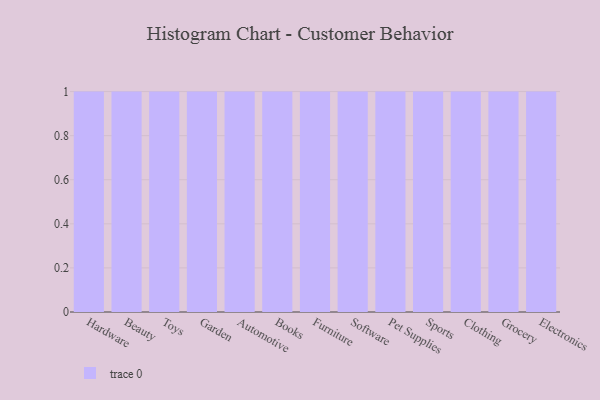
{"axis": {"x": "Category", "y": "Bounce Rate (%)"}, "legend": [""], "data": [{"x": "Hardware", "y": 25, "type": ""}, {"x": "Beauty", "y": 52, "type": ""}, {"x": "Toys", "y": 97, "type": ""}, {"x": "Garden", "y": 94, "type": ""}, {"x": "Automotive", "y": 2, "type": ""}, {"x": "Books", "y": 80, "type": ""}, {"x": "Furniture", "y": 100, "type": ""}, {"x": "Software", "y": 71, "type": ""}, {"x": "Pet Supplies", "y": 85, "type": ""}, {"x": "Sports", "y": 4, "type": ""}, {"x": "Clothing", "y": 59, "type": ""}, {"x": "Grocery", "y": 90, "type": ""}, {"x": "Electronics", "y": 83, "type": ""}]}